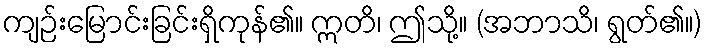
ကျဉ်းမြောင်းခြင်းရှိကုန်၏။ ဣတိ၊ ဤသို့။ (အဘာသိ၊ ရွတ်၏။)